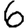
Digit: 6